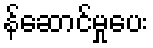
န်ဆောင်မှုပေး